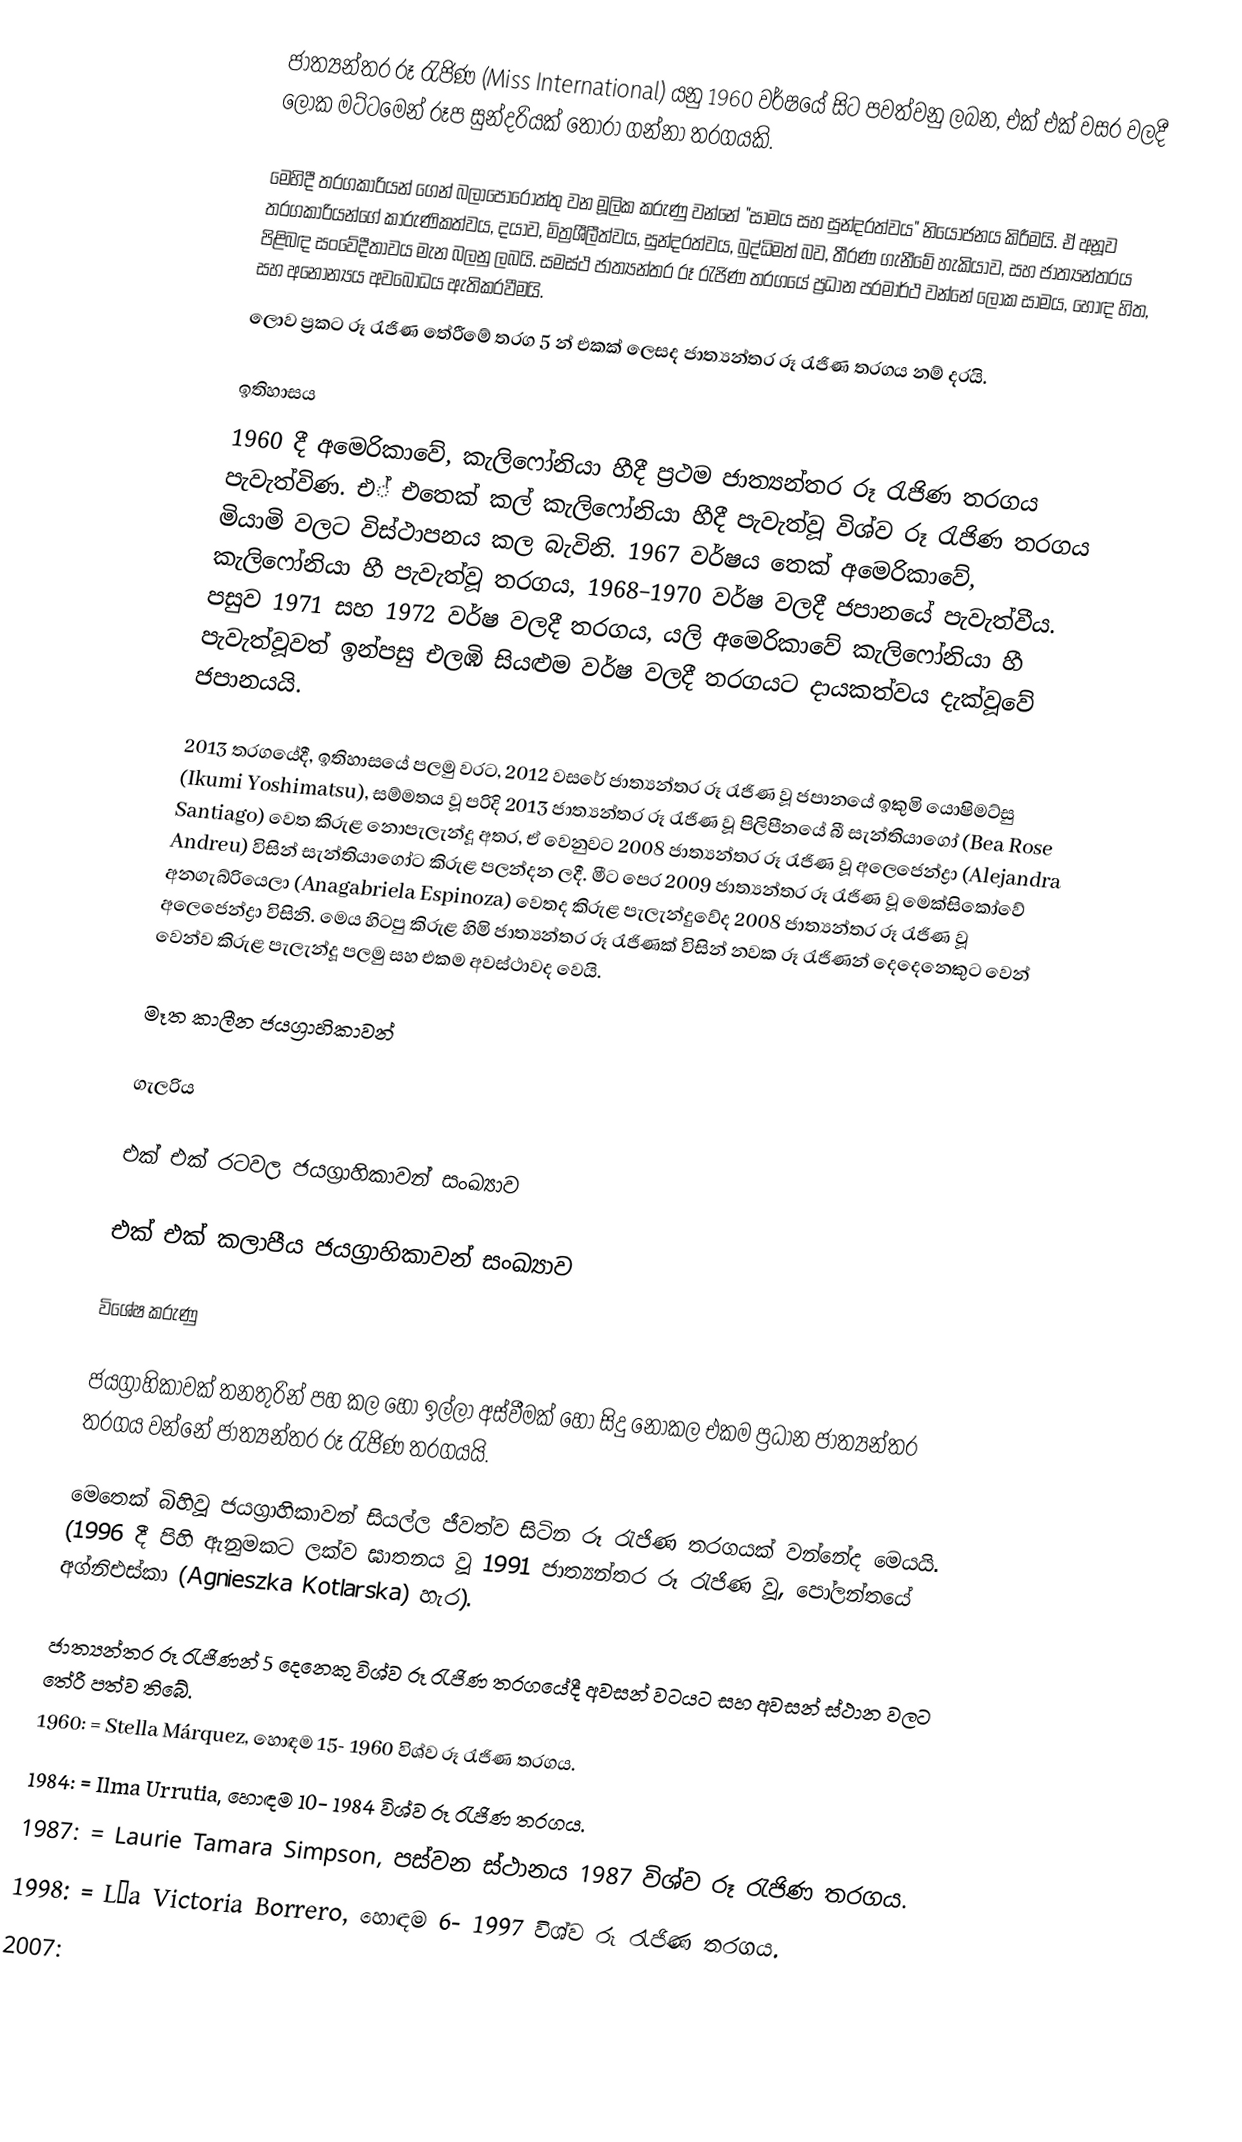
ජාත්‍යන්තර රූ රැජිණ (Miss International) යනු 1960 වර්ෂයේ සිට පවත්වනු ලබන, එක් එක් වසර වලදී ලෝක මට්ටමෙන් රූප සුන්දරියක් තෝරා ගන්නා තරගයකි.

මෙහිදී තරගකාරියන් ගෙන් බලාපොරොත්තු වන මූලික කරුණු වන්නේ "සාමය සහ සුන්දරත්වය" නියෝජනය කිරීමයි. ඒ අනූව තරගකාරියන්ගේ කාරුණිකත්වය, දයාව, මිත්‍රශීලීත්වය, සුන්දරත්වය, බුද්ධිමත් බව, තීරණ ගැනීමේ හැකියාව, සහ ජාත්‍යන්තරය පිළිබඳ සංවේදීතාවය මැන බලනු ලබයි. සමස්ථ ජාත්‍යන්තර රූ රැජිණ තරගයේ ප්‍රධාන පරමාර්ථ වන්නේ ලෝක සාමය, හොඳ හිත, සහ අනොන්‍යය අවබෝධය ඇතිකරවීමයි.
ලොව ප්‍රකට රූ රැජිණ තේරීමේ තරග 5 න් එකක් ලෙසද ජාත්‍යන්තර රූ රැජිණ තරගය නම් දරයි.

ඉතිහාසය
1960 දී අමෙරිකාවේ, කැලිෆෝනියා හීදී ප්‍රථම  ජාත්‍යන්තර රූ රැජිණ තරගය පැවැත්විණ. එ් එතෙක් කල් කැලිෆෝනියා හීදී පැවැත්වූ විශ්ව රූ රැජිණ තරගය මියාමි වලට විස්ථාපනය කල බැවිනි. 1967 වර්ෂය තෙක් අමෙරිකාවේ, කැලිෆෝනියා හී පැවැත්වූ තරගය, 1968–1970 වර්ෂ වලදී ජපානයේ පැවැත්වීය. පසුව 1971 සහ 1972 වර්ෂ වලදී තරගය, යලි අමෙරිකාවේ කැලිෆෝනියා හී පැවැත්වූවත් ඉන්පසු එලඹි සියළුම වර්ෂ වලදී තරගයට දායකත්වය දැක්වූවේ ජපානයයි.

2013 තරගයේදී, ඉතිහාසයේ පලමු වරට, 2012 වසරේ ජාත්‍යන්තර රූ රැජිණ වූ ජපානයේ ඉකුමි යොෂිමට්සු (Ikumi Yoshimatsu), සම්මතය වූ පරිදි 2013 ජාත්‍යන්තර රූ රැජිණ වූ පිලිපීනයේ බී සැන්තියාගෝ (Bea Rose Santiago) වෙත කිරුළ නොපැලැන්දූ අතර, ඒ වෙනුවට 2008 ජාත්‍යන්තර රූ රැජිණ වූ අලෙජෙන්ද්‍රා (Alejandra Andreu) විසින් සැන්තියාගෝට කිරුළ පලන්දන ලදී. මීට පෙර 2009 ජාත්‍යන්තර රූ රැජිණ වූ මෙක්සිකෝවේ අනගැබ්රියෙලා (Anagabriela Espinoza) වෙතද කිරුළ පැලැන්දුවේද 2008 ජාත්‍යන්තර රූ රැජිණ වූ අලෙජෙන්ද්‍රා විසිනි. මෙය හිටපු කිරුළ හිමි ජාත්‍යන්තර රූ රැජිණක් විසින් නවක රූ රැජිණන් දෙදෙනෙකුට වෙන් වෙන්ව කිරුළ පැලැන්දූ පලමු සහ එකම අවස්ථාවද වෙයි.

මෑත කාලීන ජයග්‍රාහිකාවන්

ගැලරිය

එක් එක් රටවල ජයග්‍රාහිකාවන් සංඛ්‍යාව

එක් එක් කලාපීය ජයග්‍රාහිකාවන් සංඛ්‍යාව

විශේෂ කරුණු

 ජයග්‍රාහිකාවක් තනතුරින් පහ කල හෝ ඉල්ලා අස්වීමක් හෝ සිදු නොකල එකම ප්‍රධාන ජාත්‍යන්තර තරගය වන්නේ ජාත්‍යන්තර රූ රැජිණ තරගයයි.

 මෙතෙක් බිහිවූ ජයග්‍රාහිකාවන් සියල්ල ජීවත්ව සිටින රූ රැජිණ තරගයක් වන්නේද මෙයයි. (1996 දී පිහි ඇනුමකට ලක්ව ඝාතනය වූ 1991 ජාත්‍යන්තර රූ රැජිණ වූ, පෝලන්තයේ අග්නිඑස්කා (Agnieszka Kotlarska) හැර).

 ජාත්‍යන්තර රූ රැජිණන් 5 දෙනෙකු විශ්ව රූ රැජිණ තරගයේදී අවසන් වටයට සහ අවසන් ස්ථාන වලට තේරී පත්ව තිබේ.
 1960:  = Stella Márquez, හොඳම 15- 1960 විශ්ව රූ රැජිණ තරගය.
 1984:  = Ilma Urrutia, හොඳම 10- 1984 විශ්ව රූ රැජිණ තරගය.
 1987:  = Laurie Tamara Simpson, පස්වන ස්ථානය 1987 විශ්ව රූ රැජිණ තරගය.
 1998:  = Lía Victoria Borrero, හොඳම 6- 1997 විශ්ව රූ රැජිණ තරගය.
 2007: